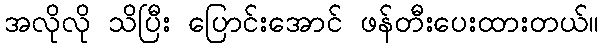
အလိုလို သိပြီး ပြောင်းအောင် ဖန်တီးပေးထားတယ်။